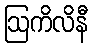
ဩကိလိနီ